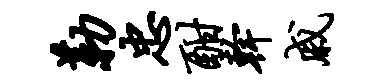
勒忠酣干戚